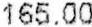
165.00